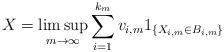
LaTeX: \begin{align*} X = \limsup_{m\rightarrow\infty} \sum_{i=1}^{k_m} v_{i,m} 1_{\{X_{i,m} \in B_{i,m}\}} \end{align*}